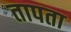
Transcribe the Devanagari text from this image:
तापता